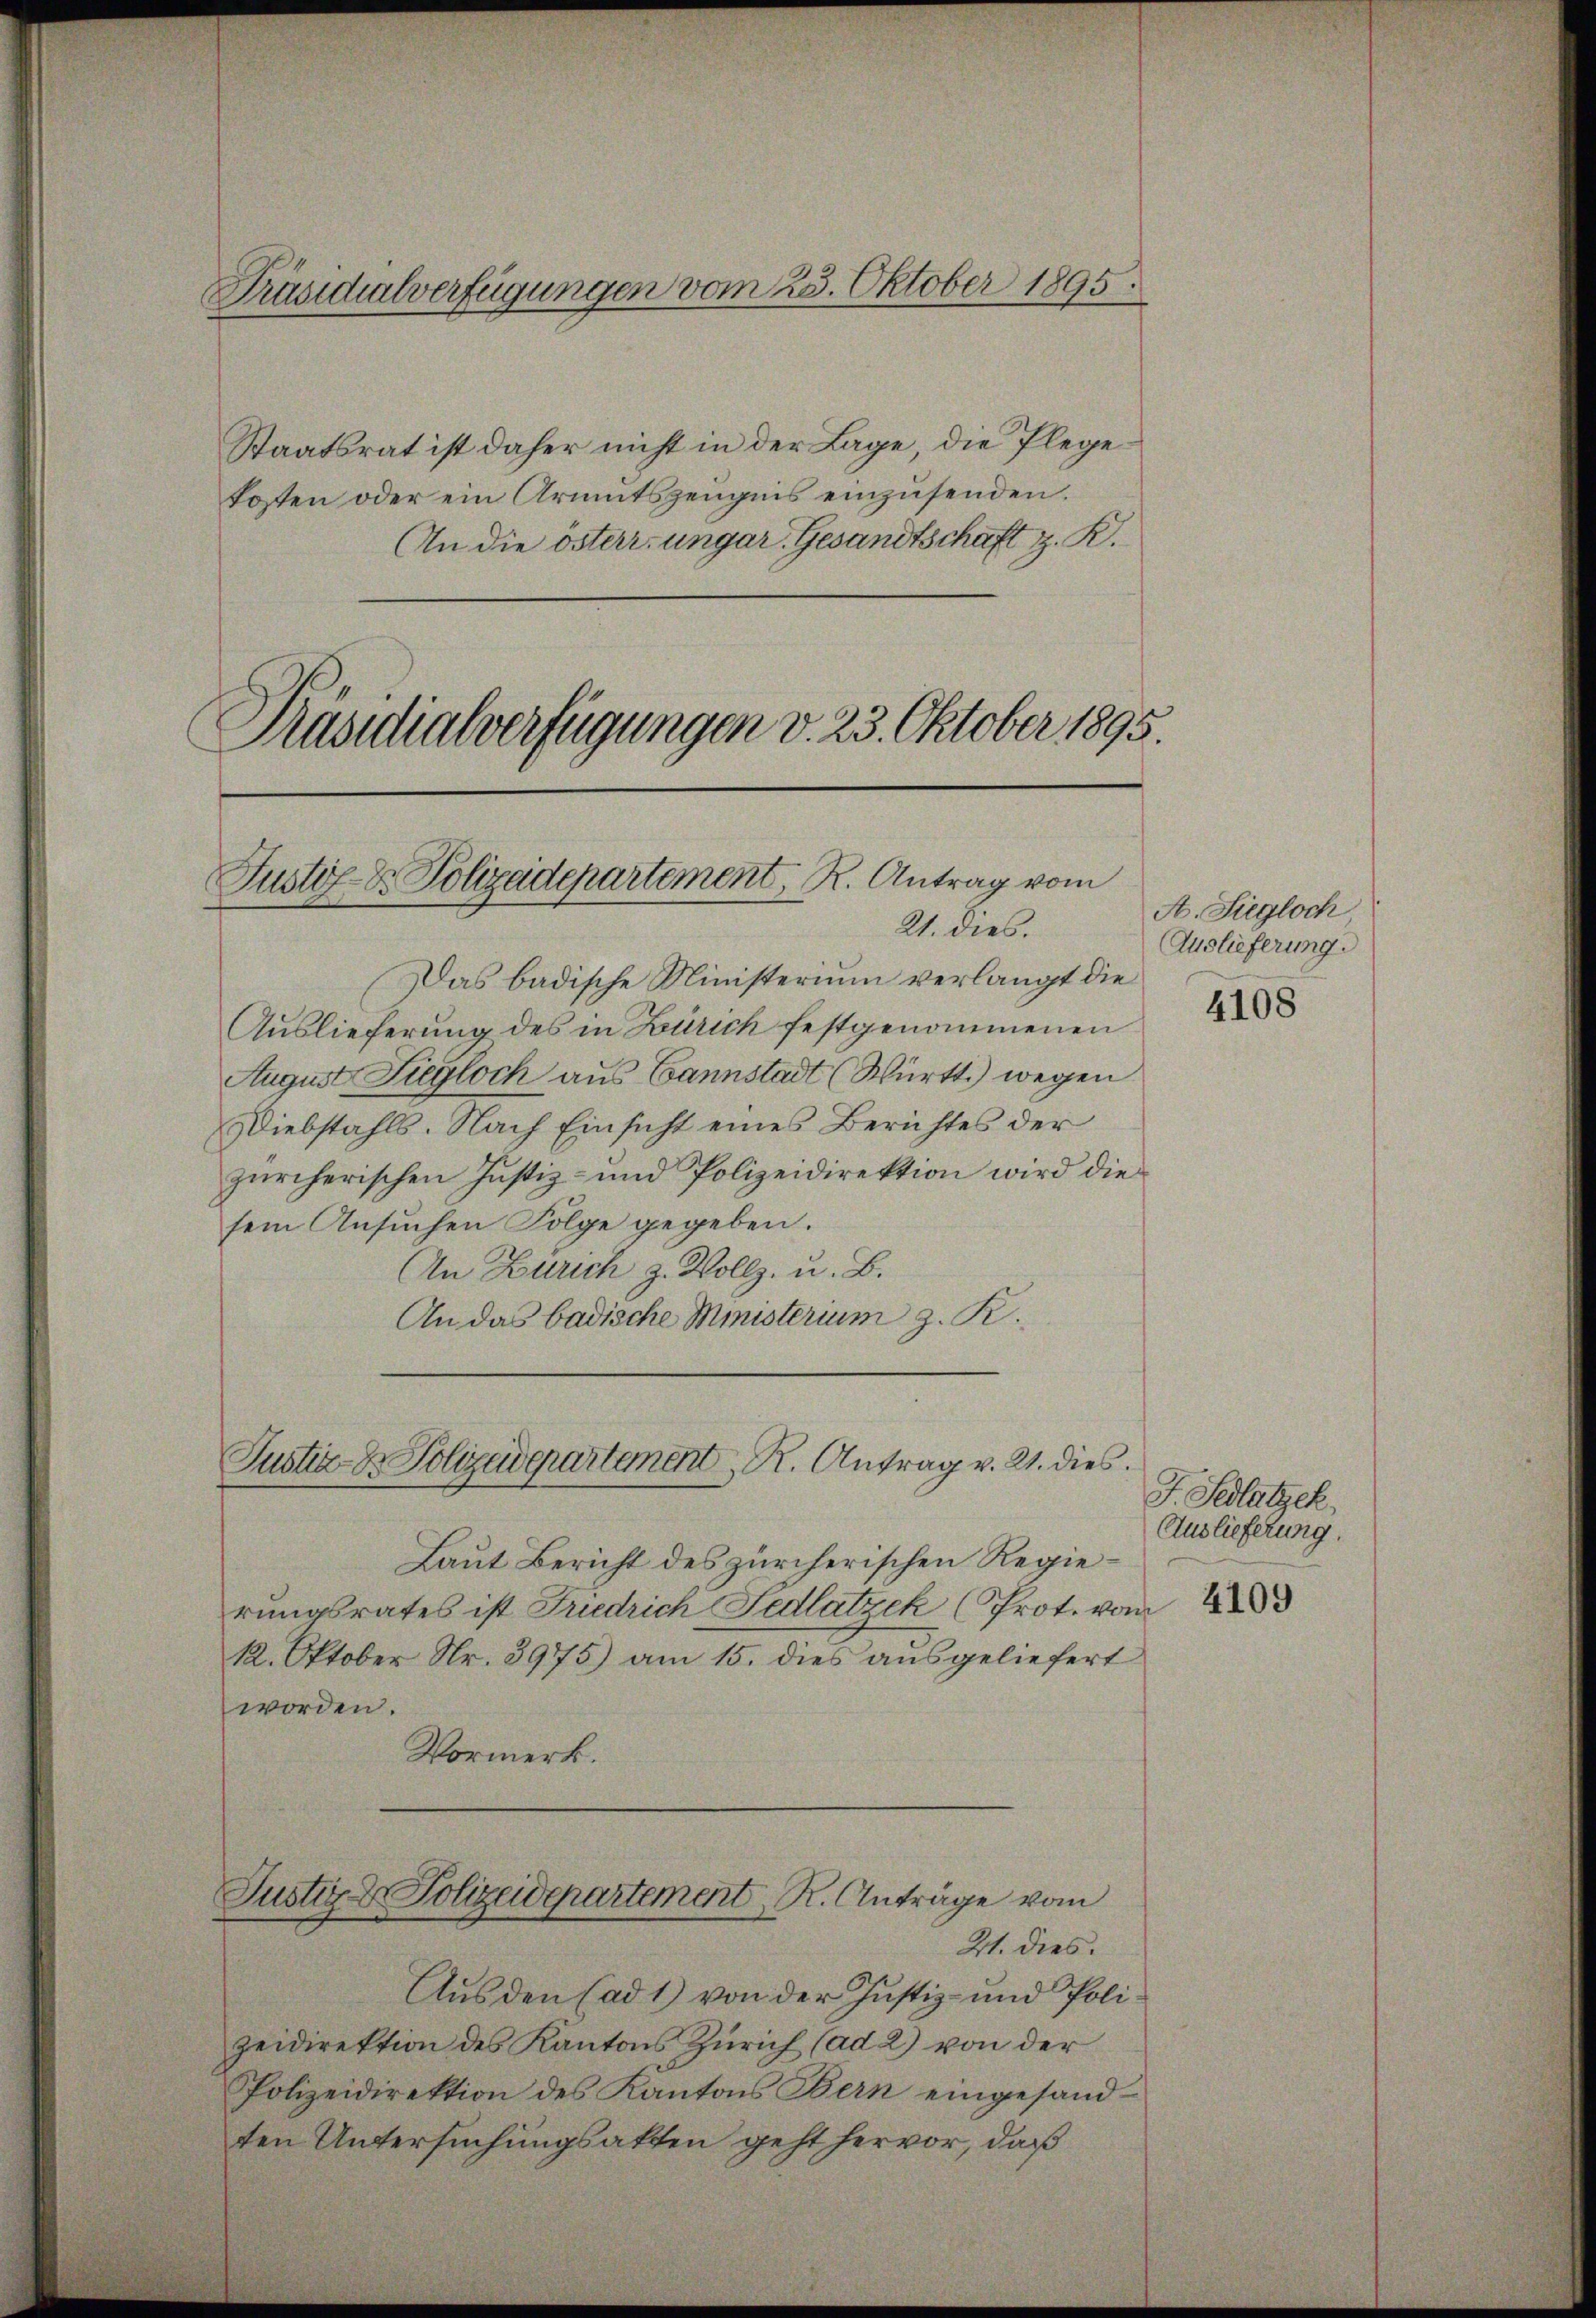
Präsidialverfügungen vom 25. Oktober 1895.

Staatsrat ist daher nicht in der Lage, die Plegekosten oder ein Armutszeugnis einzusenden.
An die österr. ungar. Gesandtschaft z. K.
Präsidialverfügungen d. 23. Oktober 1895.

Justiz- & Polizadepartement, R. Antrag vom
21. dies.

Das badische Ministerium verlangt die
Auslieferung des in Zürich festgenommenen
August Ziegloch aus Cannstadt (Württ. wegen
Diebstahls. Nach Einsicht eines Berichtes der
zürcherischen Justiz- und Polizeidirektion wird die
sein Ansuchen Folge gegeben.
An Zürich z. Vollz. u. B.
An das badische Ministerium z. K.
Laut Bericht des zürcherischen Regierungsrates ist Friedrich Fedlatzek (Prot. vom 23
12. Oktober Nr. 3975) am 15. dies ausgeliefert
worden.
Vormerk.
Justiz- & Polizeidepartement R. Anträge vom
21. dies
Aus den (ad 1) von der Justiz- und Polizeidirektion des Kantons Zürich (ad 2) von der
Polizeidirektion des Kantons Bern eingesandten Untersuchungsakten geht hervor, daß

Justiz- & Polizeidepartement R. Antrag v. 21. dies

A. Siegloch
Auslieferung.

4108

J. Sedlatzek,
Auslieferung.